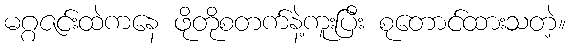
မဂ္ဂဇင်းထဲကနေ ဖိုတိုစတက်နဲ့ကူးပြီး စုတောင်ထားသတဲ့။